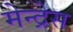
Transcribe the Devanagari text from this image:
मेन्द्रेस